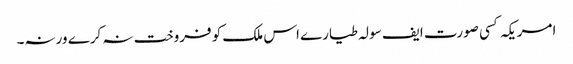
﻿ امریکہ کسی صورت ایف سولہ طیارے اس ملک کو فروخت نہ کرے ورنہ۔